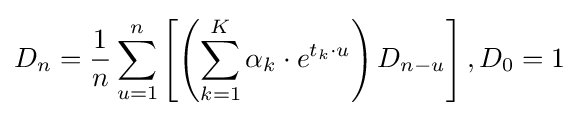
D_{n}={\frac {1}{n}}\sum \limits _{u=1}^{n}\left[\left(\sum \limits _{k=1}^{K}\alpha _{k}\cdot {e}^{t_{k}\cdot u}\right)D_{n-u}\right],D_{0}=1